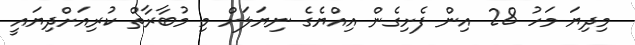
މިދިޔަ މަހު 28 އިިން ފެށިގެން އިއްޔެގެ ނިޔަލަށް މި މުބާރާތް ކުރިއަށްދިޔައީ